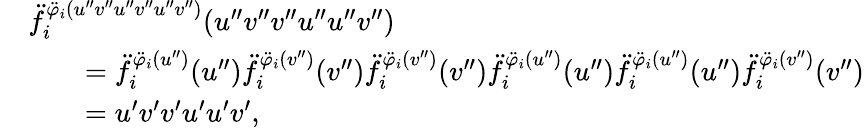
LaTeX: \begin{array}{rl}&{\ddot{f}_{i}^{\ddot{\varphi}_{i}(u^{\prime\prime}v^{\prime\prime}u^{\prime\prime}v^{\prime\prime}u^{\prime\prime}v^{\prime\prime})}(u^{\prime\prime}v^{\prime\prime}v^{\prime\prime}u^{\prime\prime}u^{\prime\prime}v^{\prime\prime})}\\ &{\qquad=\ddot{f}_{i}^{\ddot{\varphi}_{i}(u^{\prime\prime})}(u^{\prime\prime})\ddot{f}_{i}^{\ddot{\varphi}_{i}(v^{\prime\prime})}(v^{\prime\prime})\ddot{f}_{i}^{\ddot{\varphi}_{i}(v^{\prime\prime})}(v^{\prime\prime})\ddot{f}_{i}^{\ddot{\varphi}_{i}(u^{\prime\prime})}(u^{\prime\prime})\ddot{f}_{i}^{\ddot{\varphi}_{i}(u^{\prime\prime})}(u^{\prime\prime})\ddot{f}_{i}^{\ddot{\varphi}_{i}(v^{\prime\prime})}(v^{\prime\prime})}\\ &{\qquad=u^{\prime}v^{\prime}v^{\prime}u^{\prime}u^{\prime}v^{\prime},}\end{array}